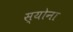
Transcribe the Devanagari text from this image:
स्योना